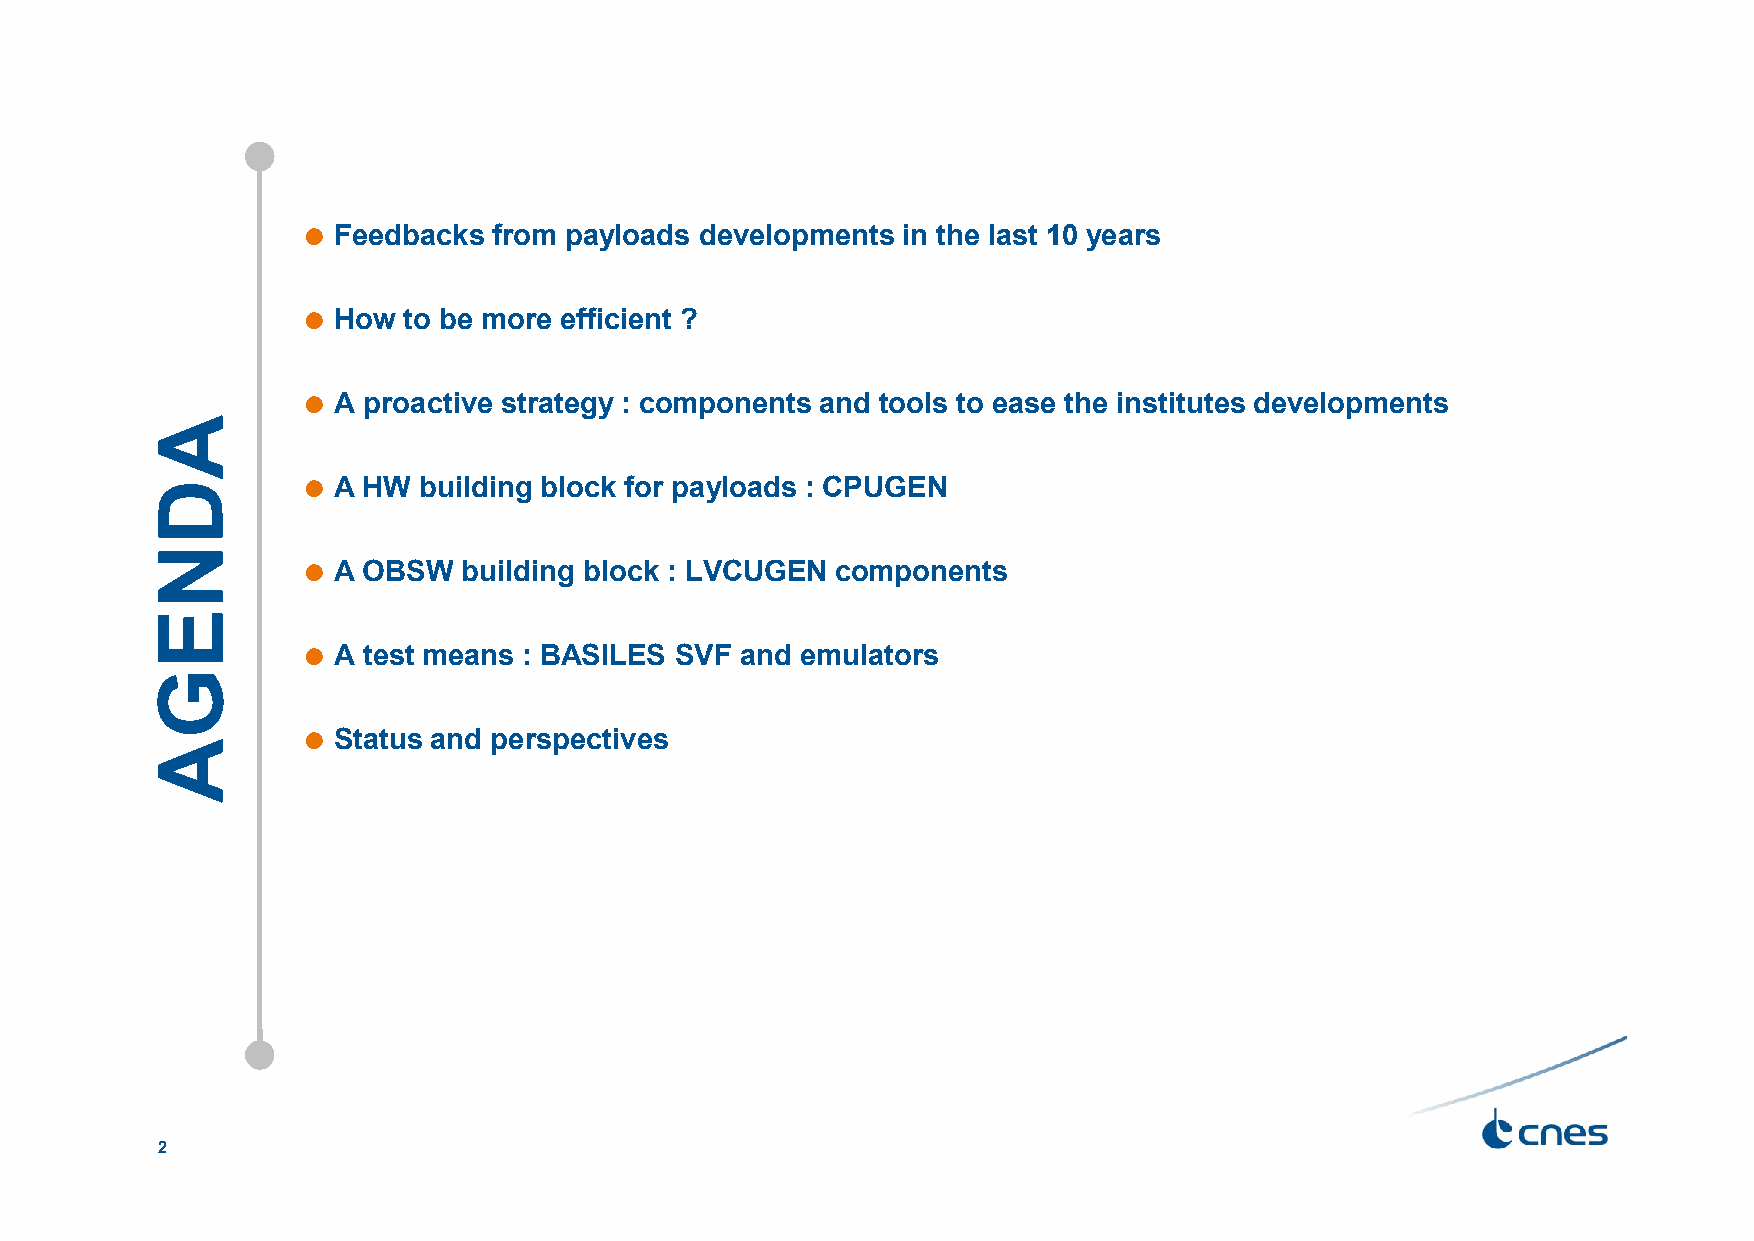
 Feedbacks  from payloads developments in the last 10 years
  How  to be more efficient ?
  A proactive strategy : components and tools to ease the institutes developments
  A HW  building block for payloads : CPUGEN
  A OBSW   building block : LVCUGEN components
  A test means : BASILES SVF and emulators
  Status and perspectives
 2
 ADNEGA